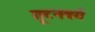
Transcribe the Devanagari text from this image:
गूटनबर्ग